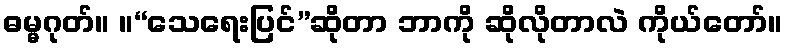
ဓမ္မဂုတ်။ ။“သေရေးပြင်”ဆိုတာ ဘာကို ဆိုလိုတာလဲ ကိုယ်တော်။